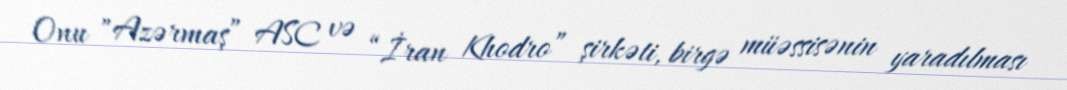
Onu "Azərmaş” ASC və “İran Khodro” şirkəti, birgə müəssisənin yaradılması